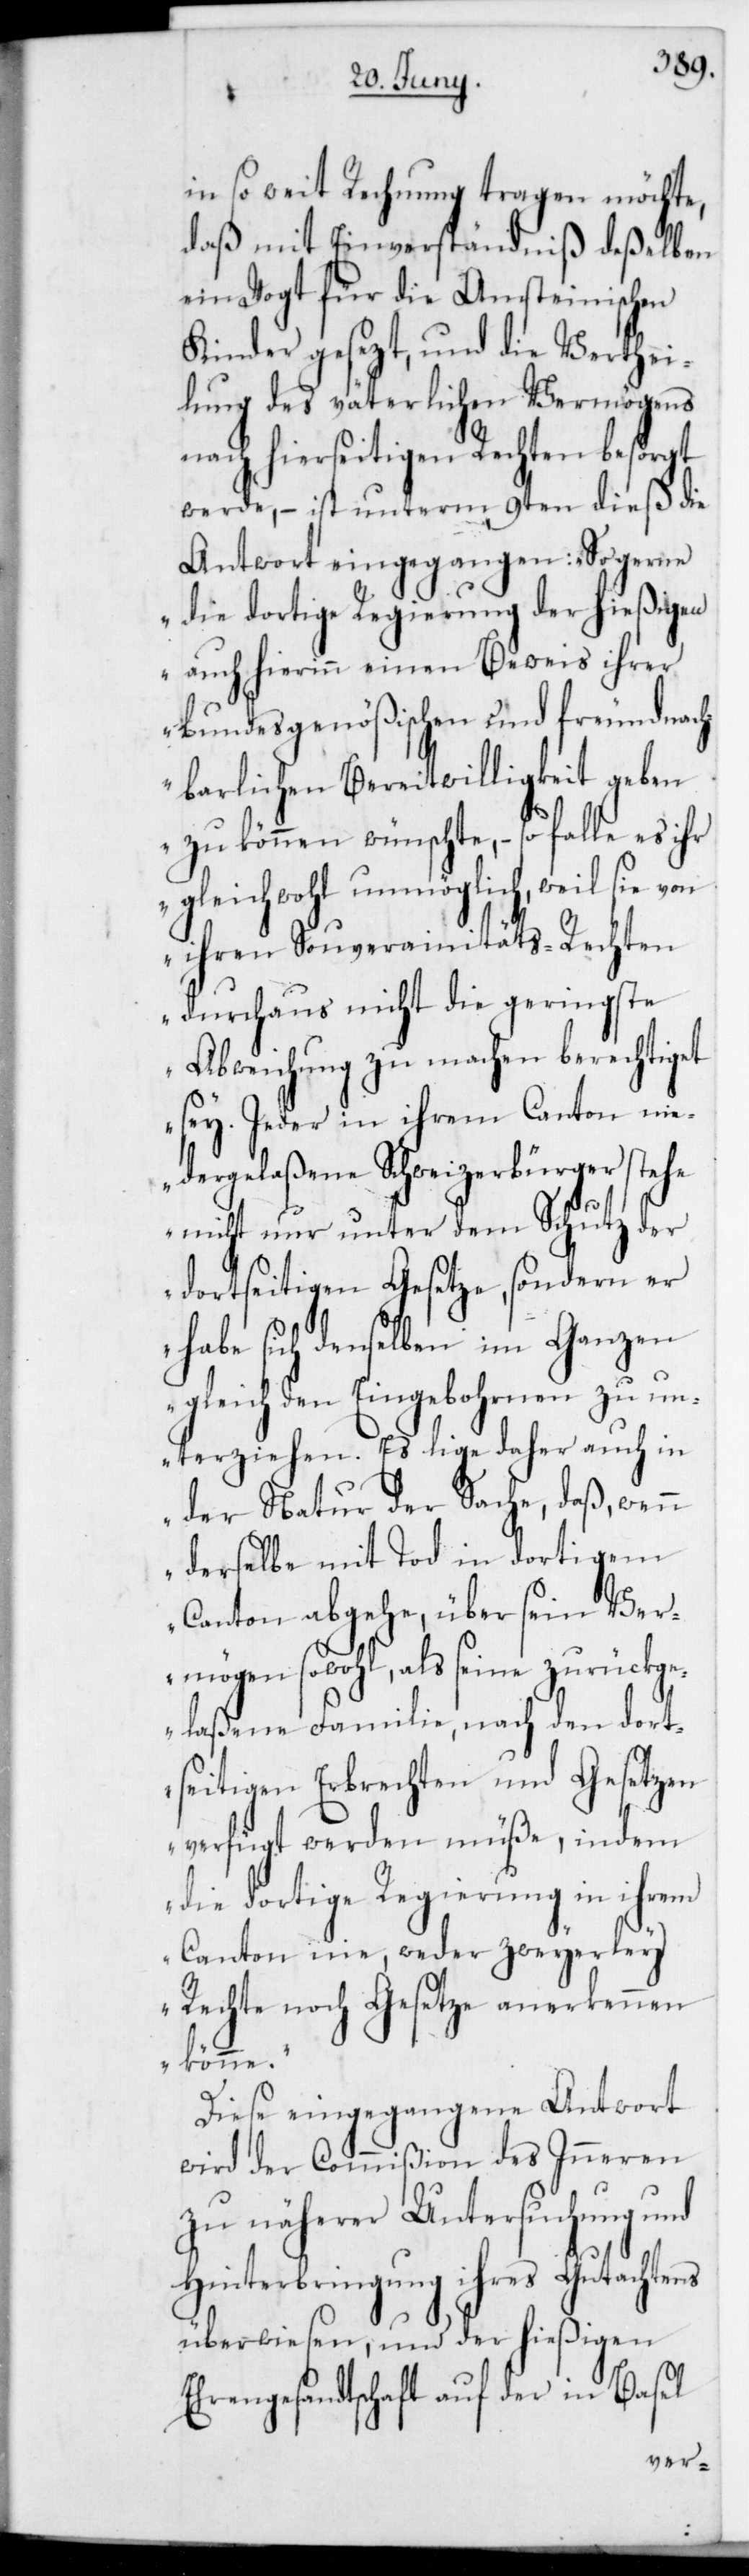
in so weit Rechnung tragen möchte,
daß mit Einverständniß deßelben
ein Vogt für die Amsteinischen
Kinder gesezt, und die Verthei¬
lung des väterlichen Vermögens
nach hierseitigen Rechten besorgt
werde, – ist unterm 9ten dieß die
Antwort eingegangen:
die dortige Regierung der hießigen
auch hierinn einen Beweis ihrer
bundesgenößischen und freundnach¬
barlichen Bereitwilligkeit geben
zu können wünschte, – so falle es ihr
gleichwohl unmöglich, weil sie
ihren Souverainitäts-Rechten
durchaus nicht die geringste
Abweichung zu machen berechtiget
sey. Jeder in ihrem Canton nie¬
dergelaßene Schweizerbürger stehe
nicht nur unter dem Schutz der
dortseitigen Gesetze, sondern er
habe sich denselben im Ganzen
gleich den Eingebohrnen zu un¬
terziehen. Es lige daher auch in
der Natur der Sache, daß, wenn
derselbe mit Tod in dortigem
Canton abgehe, über sein Ver¬
mögen sowohl, als seine zurückge¬
laßene Familie, nach den dort¬
seitigen Erbrechten und Gesetzen
verfügt werden müße, indem
die dortige Regierung in ihrem
Canton nie, weder zweyerley
Rechte noch Gesetze anerkennen
könne“.
Diese eingegangene Antwort
wird der Commißion des Inneren
zu näherer Untersuchung und
Hinterbringung ihres Gutachtens
überwiesen, und der hießigen
Ehrengesandtschaft auf der in Basel